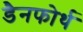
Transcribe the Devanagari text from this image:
डैनफोर्थ